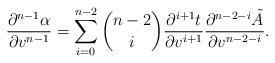
LaTeX: \begin{align*} \frac{\partial^{n-1}\alpha}{\partial v^{n-1}}=\sum_{i=0}^{n-2}\binom{n-2}{i}\frac{\partial^{i+1}t}{\partial v^{i+1}}\frac{\partial^{n-2-i}\tilde{A}}{\partial v^{n-2-i}}.\end{align*}